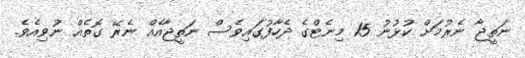
ނަތީޖާ ނެރުމަށް ކުޅުނު 15 މިނެޓްގެ ދެހާފުގައިވެސް ނަތީޖާއެއް ނެރޭ ގޮތެއް ނުވިއެވެ.